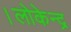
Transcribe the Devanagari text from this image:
।लोकेन्द्र